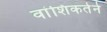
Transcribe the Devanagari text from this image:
वांशिकतेने